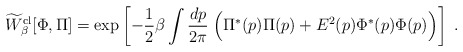
\begin{align*}\widetilde W_\beta^{\rm cl}[\Phi,\Pi] = {\rm exp}\left[- {1 \over 2} \beta \int {dp \over 2\pi} \;\Bigl( \Pi^* (p)\Pi (p) +E^2(p)\Phi^* (p) \Phi (p) \Bigr) \right]\;.\end{align*}